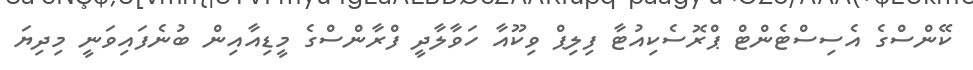
ކޭންސްގެ އެސިސްޓެންޓް ޕްރޮސެކިއުޓާ ފިލިޕް ވިކޫއާ ހަވާލާދީ ފްރާންސްގެ މީޑިއާއިން ބުނެފައިވަނީ މިދިޔަ